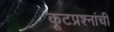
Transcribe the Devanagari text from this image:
कूटप्रश्नांची